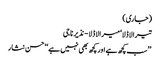
(جاری)
تیرا لاڈلا‘ میرا لاڈلا- نذیر ناجی
’’سب کچھ ہے اور کچھ بھی نہیں ہے‘‘ حسن نثار